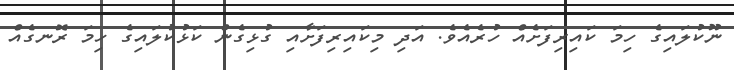
ނޫކުލައިގެ ހިމަ ކައިރިފަށެއް ހުރެއެވެ. އަދި މިކައިރިފަށާއި ގުޅިގެން ކަޅުކުލައިގެ ހިމަ ރޮނގެއް